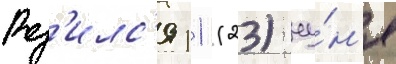
Род'илс'я 11 (23) иу́н'я